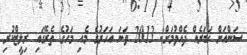
ސަންއަށް ޚަބަރެއް ދެއްވުމަށް: 2013 ވަނަ އަހަރުގެ މެއި މަހުގެ ތެރޭގައި ރިލީޒްކުރި